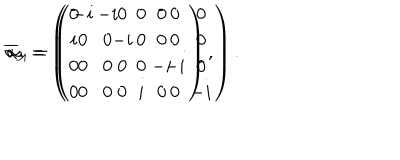
LaTeX: \overline { { { \alpha } } } _ { 3 } = \left( \begin{array} { c c c c } { { 0 } } & { { - i } } & { { 0 } } & { { 0 } } \\ { { i } } & { { 0 } } & { { 0 } } & { { 0 } } \\ { { 0 } } & { { 0 } } & { { 0 } } & { { - i } } \\ { { 0 } } & { { 0 } } & { { i } } & { { 0 } } \\ \end{array} \right) , \hspace { 0 . 3 i n } \overline { { { \alpha } } } _ { 4 } = \left( \begin{array} { c c c c } { { - i } } & { { 0 } } & { { 0 } } & { { 0 } } \\ { { 0 } } & { { - i } } & { { 0 } } & { { 0 } } \\ { { 0 } } & { { 0 } } & { { - i } } & { { 0 } } \\ { { 0 } } & { { 0 } } & { { 0 } } & { { - i } } \\ \end{array} \right) .